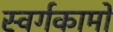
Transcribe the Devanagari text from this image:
स्वर्गकामो